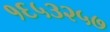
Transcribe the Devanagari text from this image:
१६५३२५७